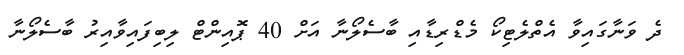
ދެ ވަނާގައިވާ އެތްލެޓިކޯ މެޑްރިޑާއި ބާސެލޯނާ އަށް 40 ޕޮއިންޓް ލިބިފައިވާއިރު ބާސެލޯނާ